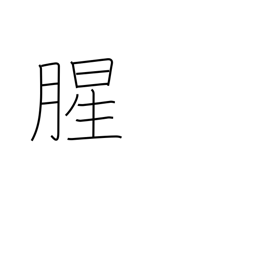
Meaning: raw smelling